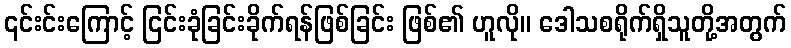
၎င်းင်းကြောင့် ငြင်းခုံခြင်းခိုက်ရန်ဖြစ်ခြင်း ဖြစ်၏ ဟူလို။ ဒေါသစရိုက်ရှိသူတို့အတွက်